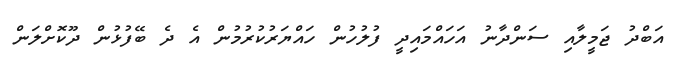
އަބްދު ޖަމީލާއި ސަންދާނު އަހައްމައިދީ ފުލުހުން ހައްޔަރުކުރުމުން އެ ދެ ބޭފުޅުން ދޫކޮށްލަން